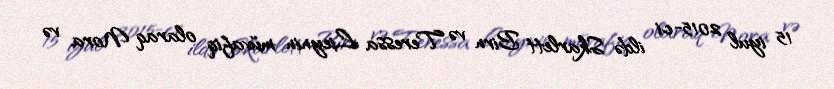
15 iyul 2015-ci ildə Skarlett Birn və Teressa Lieynin müvafiq olaraq Nora və